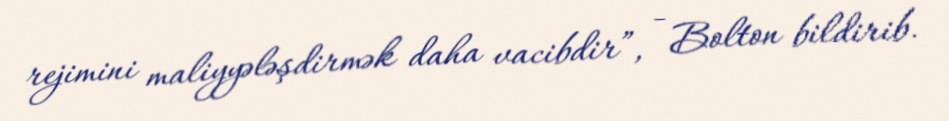
rejimini maliyyələşdirmək daha vacibdir”, - Bolton bildirib.